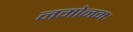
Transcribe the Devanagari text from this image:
नमोनमः